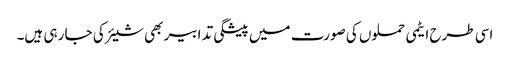
اسی طرح ایٹمی حملوں کی صورت میں پیشگی تدابیر بھی شیئر کی جا رہی ہیں۔